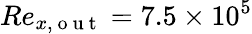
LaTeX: Re_{x,\mathrm{~o~u~t~}}=7.5\times 10^{5}